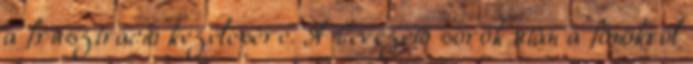
a frusztráció kezelésére. A bevezető sorok után a főnökről